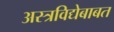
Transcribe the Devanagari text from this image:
अस्त्रविद्येबाबत